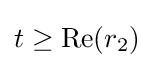
t\geq {\text{Re}}(r_{2})